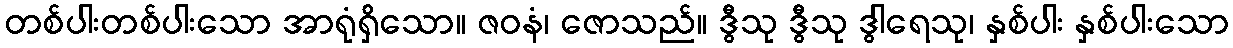
တစ်ပါးတစ်ပါးသော အာရုံရှိသော။ ဇဝနံ၊ ဇောသည်။ ဒွီသု ဒွီသု ဒွါရေသု၊ နှစ်ပါး နှစ်ပါးသော